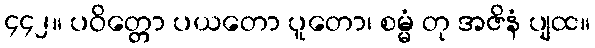
၄၄၂။ ပဝိတ္တော ပယတော ပူတော၊ စမ္မံ တု အဇိနံ ပျထ။